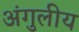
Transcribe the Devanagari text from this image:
अंगुलीय